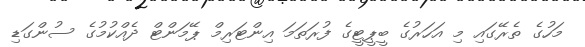
މަހުގެ ތެރޭގައި މި އަހަރުގެ ބީޕީޓީގެ ފުރަތަމަ އިންޓަރިމް ޕޭމަންޓް ދެއްކުމުގެ ސުންގަޑި